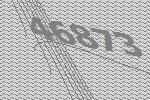
46873